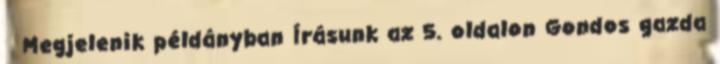
Megjelenik példányban Írásunk az 5. oldalon Gondos gazda